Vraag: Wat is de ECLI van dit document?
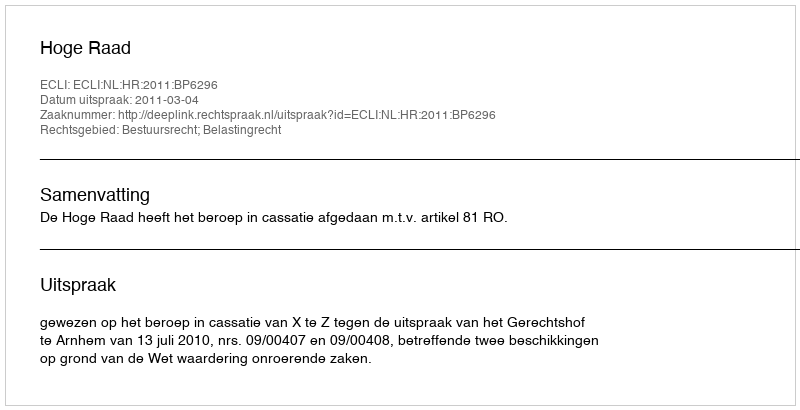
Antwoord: ECLI:NL:HR:2011:BP6296